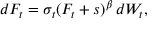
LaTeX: d F _ { t } = \sigma _ { t } ( F _ { t } + s ) ^ { \beta } \, d W _ { t } ,